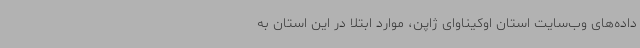
داده‌های وب‌سایت استان اوکیناوای ژاپن، موارد ابتلا در این استان به